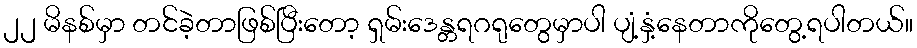
၂၂ မိနစ်မှာ တင်ခဲ့တာဖြစ်ပြီးတော့ ရှမ်းဒေန္တရဂရုတွေမှာပါ ပျံ့နှံ့နေတာကိုတွေ့ရပါတယ်။